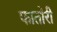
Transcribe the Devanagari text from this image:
फातोरी